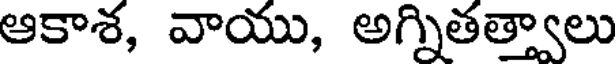
ఆకాశ, వాయు, అగ్నితత్వాలు